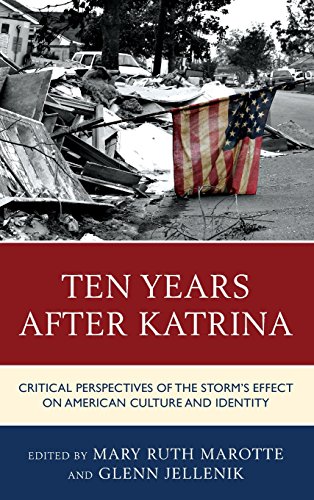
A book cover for Ten Years after Katrina: Critical Perspectives of the Storm's Effect on American Culture and Identity; Science & Math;